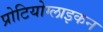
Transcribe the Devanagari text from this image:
प्रोटियोग्लाइकन